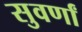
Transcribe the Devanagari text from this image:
सुवर्णां